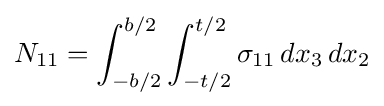
N_{11}=\int _{-b/2}^{b/2}\int _{-t/2}^{t/2}\sigma _{11}\,dx_{3}\,dx_{2}